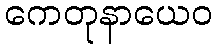
ကေတုနာယေဝ